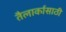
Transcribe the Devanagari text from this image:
तैलार्कासाठी